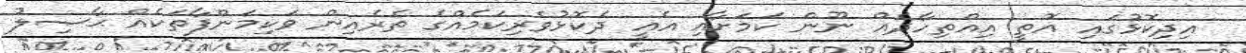
އިދިކޮޅުގައި އޮތީ އިއްތިހާދެއް ނޫން ކަމަށާއި އެއީ ދެކޮޅުވެރިކަމެއްގެ ތެރެއިން ވަކިމަންފާތަކެއް ޙާޞިލު